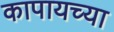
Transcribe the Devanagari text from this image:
कापायच्या